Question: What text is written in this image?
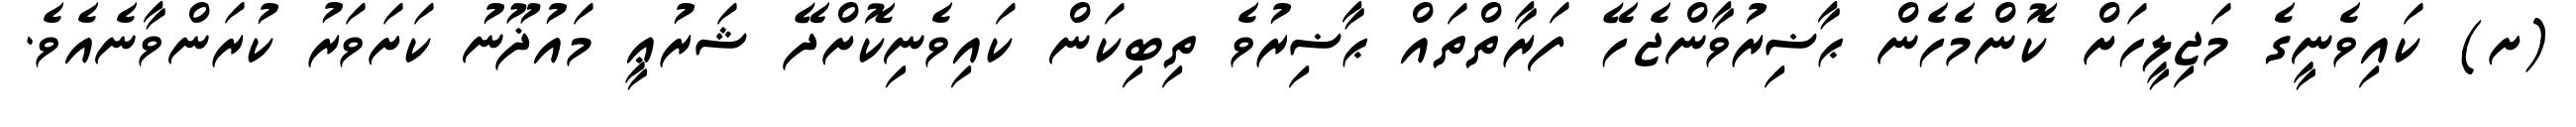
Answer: (ށ) ކައިވެނީގެ މަޖިލީހަށް ކޮންމެހެން ޙާޟިރުވާންޖެހޭ ފަރާތްތައް ޙާޟިރުވެ ތިބިކަން ކައިވެނިކޮށްދޭ ޝަރުޢީ މައުޛޫނު ކަށަވަރު ކުރަންވާނެއެވެ.